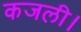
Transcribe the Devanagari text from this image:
कजली।